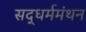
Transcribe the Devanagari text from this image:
सद्‌धर्ममंथन